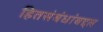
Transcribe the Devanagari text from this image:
हितसंबंधांबद्दल